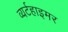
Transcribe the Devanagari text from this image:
व्यर्टहाइमर